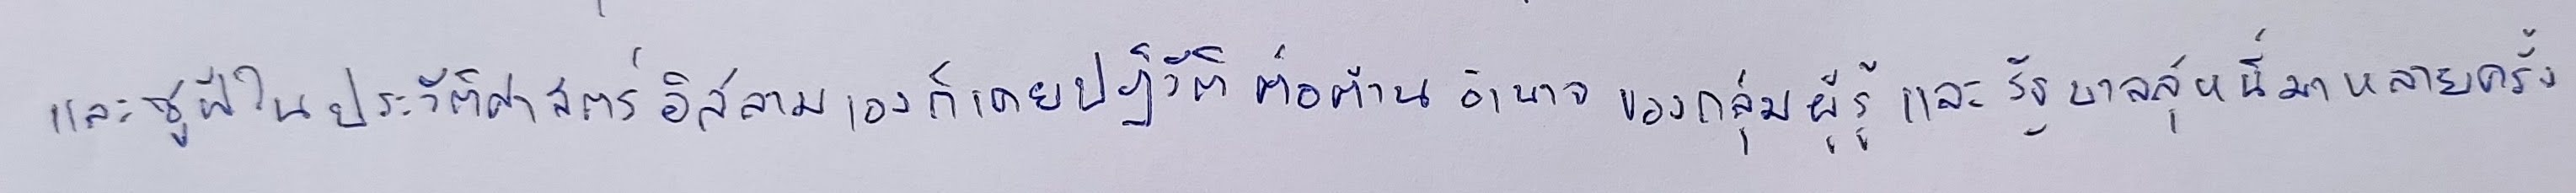
และซูฟีในประวัติศาสตร์อิสลามเองก็เคยปฏิวัติต่อต้านอำนาจของกลุ่มผู้รู้และรัฐบาลสุหนี่มาหลายครั้ง